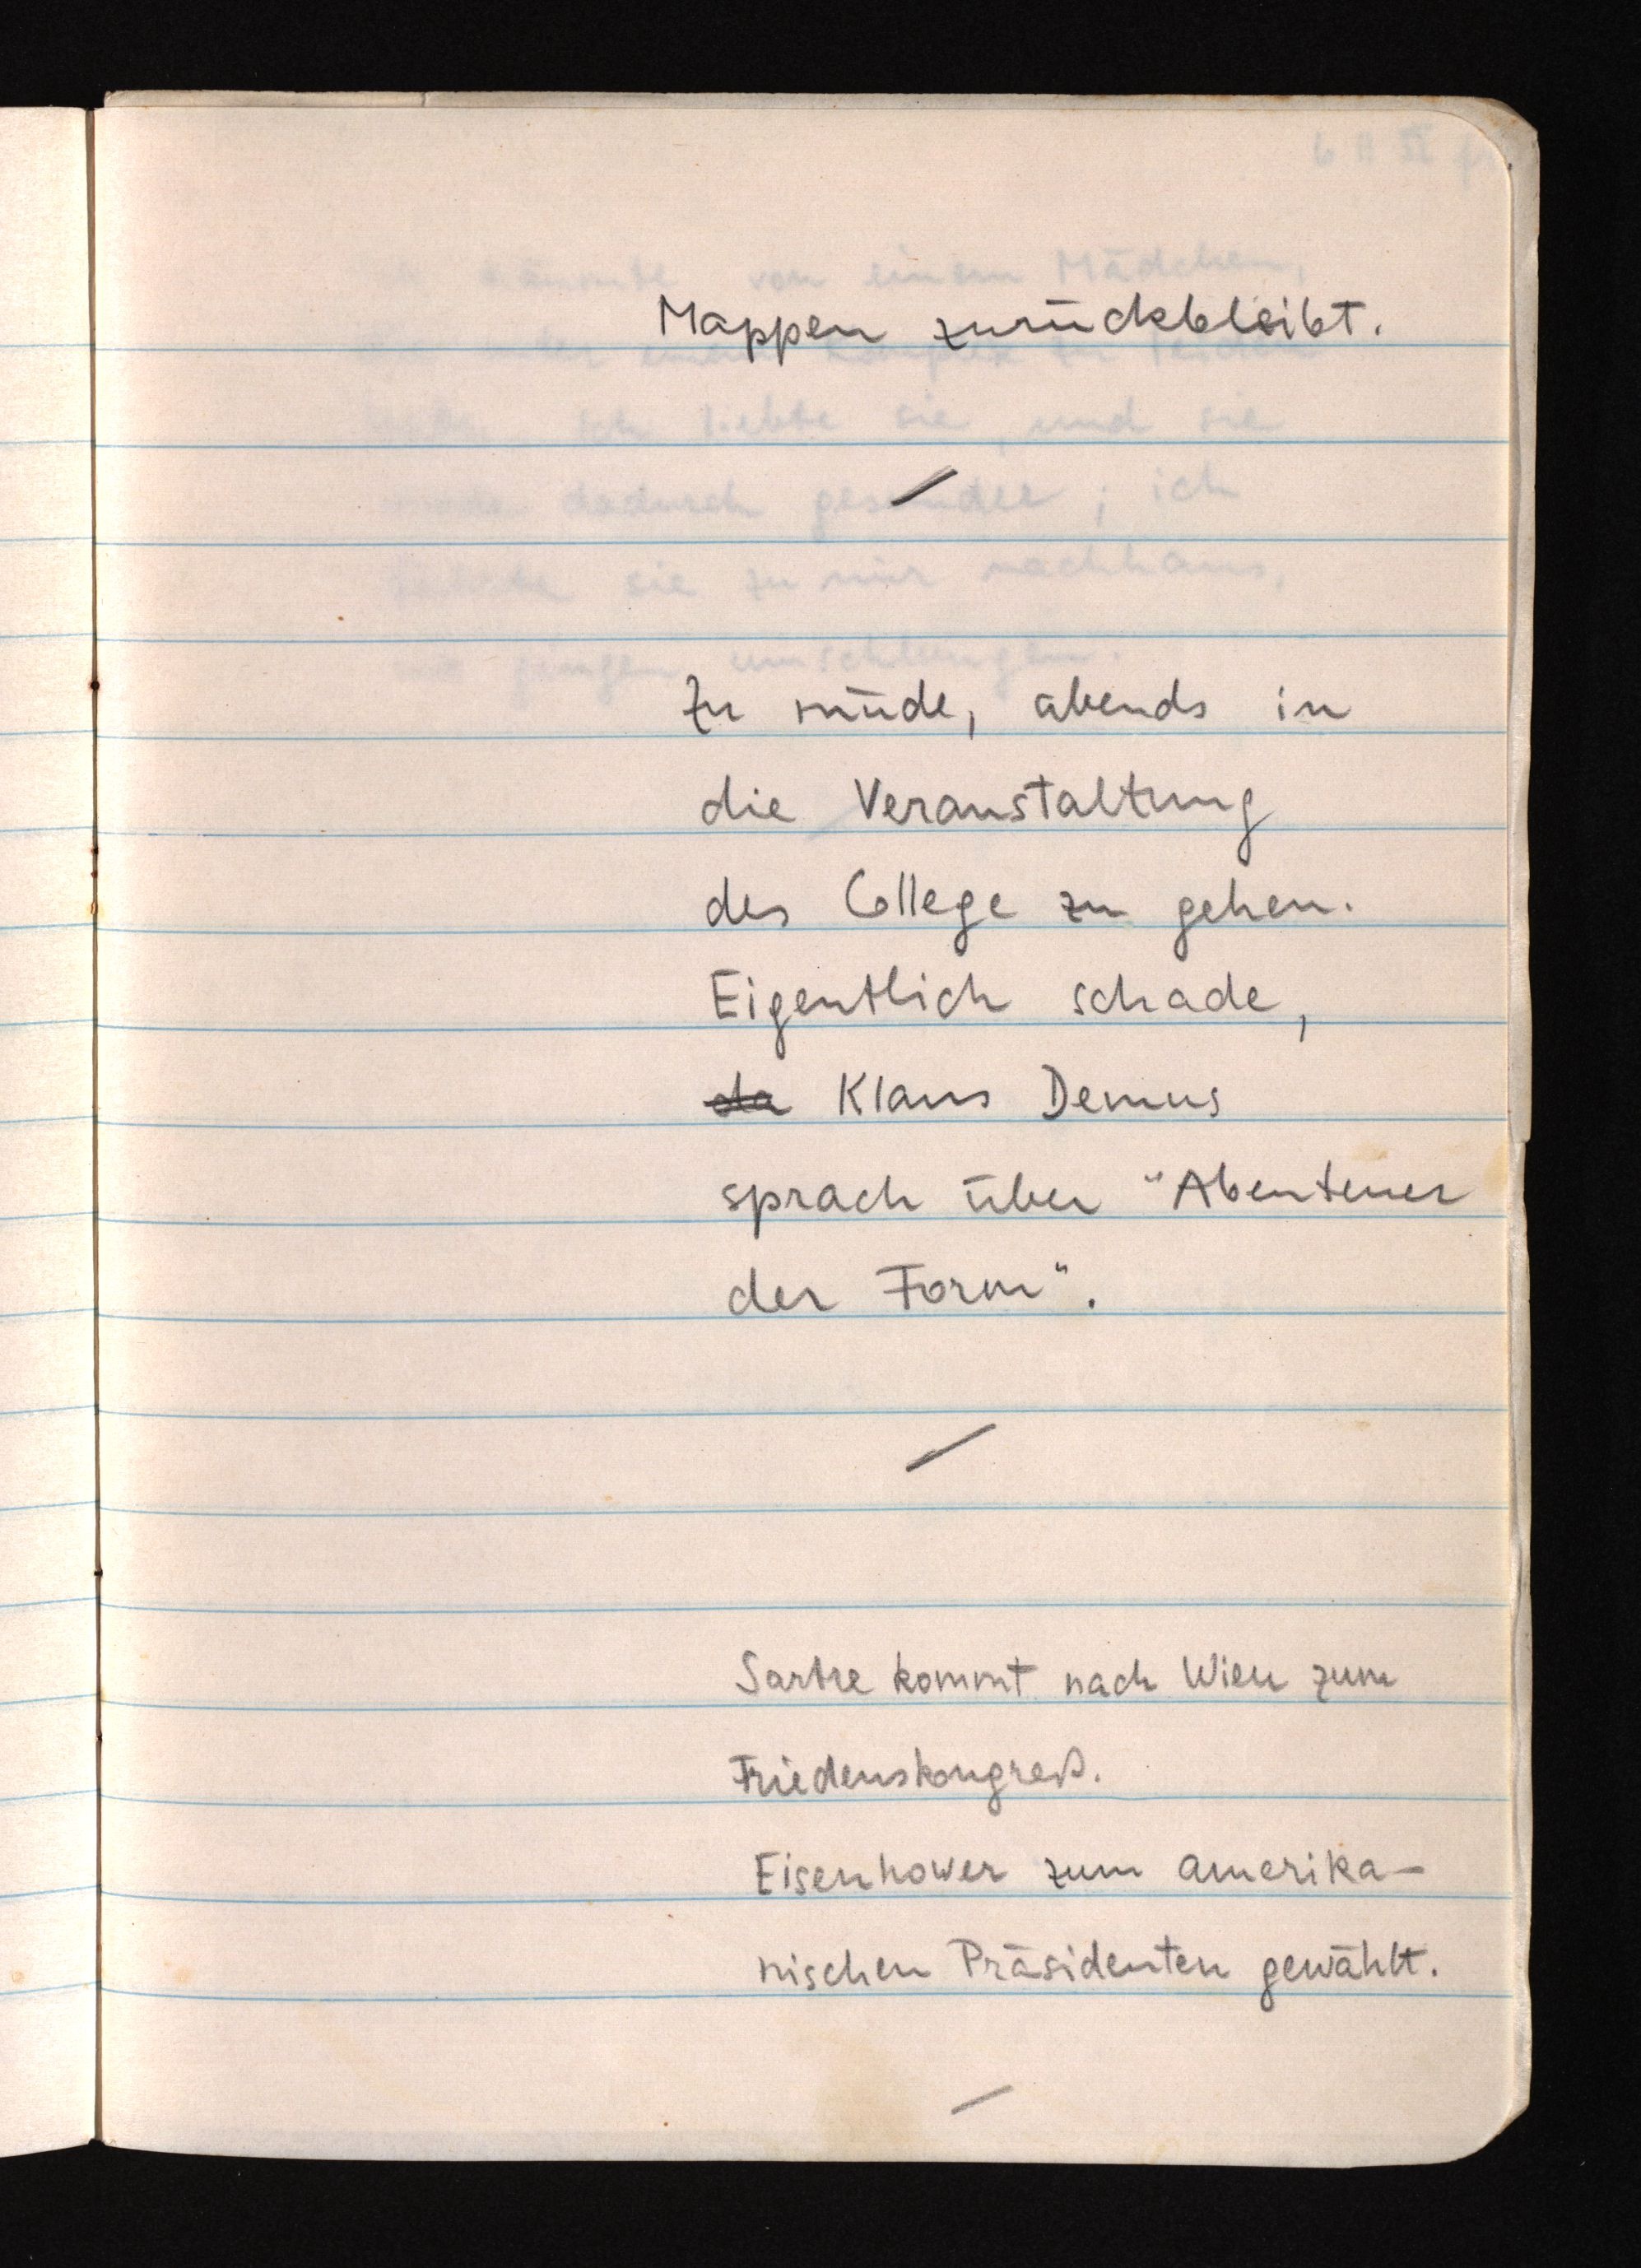
Mappen zurückbleibt.
Zu müde, abends in
die Veranstaltung
des College zu gehen.
Eigentlich schade,
da Klaus Demus
sprach über "Abenteuer
der Form".
Sartre kommt nach Wien zum
Friedenskongreß.
Eisenhower zum amerika¬
nischen Präsidenten gewählt